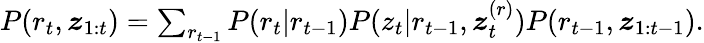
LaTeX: \begin{array}{r}{P(r_{t},\boldsymbol{z}_{1:t})=\sum_{r_{t-1}}P(r_{t}|r_{t-1})P(z_{t}|r_{t-1},\boldsymbol{z}_{t}^{(r)})P(r_{t-1},\boldsymbol{z}_{1:t-1}).}\end{array}